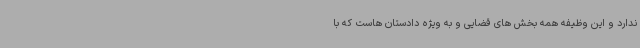
ندارد و این وظیفه همه بخش های قضایی و به ویژه دادستان هاست که با